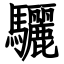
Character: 驪